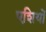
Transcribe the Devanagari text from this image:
एशियों